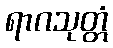
ရာဂသုတ္တံ